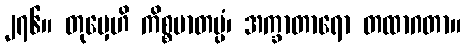
၂၇၆။ တုမှေဟိ ကိစ္စမာတပ္ပံ၊ အက္ခာတာရော တထာဂတာ။